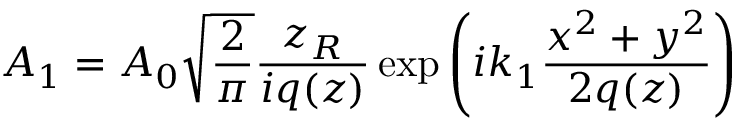
{ { A } _ { 1 } } = { { A } _ { 0 } } { \sqrt { \frac { 2 } { \pi } } } { \frac { { z } _ { R } } { i q ( z ) } } \exp \left( i { { k } _ { 1 } } { \frac { { { x } ^ { 2 } } + { { y } ^ { 2 } } } { 2 q ( z ) } } \right)